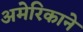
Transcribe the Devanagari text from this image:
अमेरिकाने